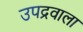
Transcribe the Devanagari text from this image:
उपद्रवाला